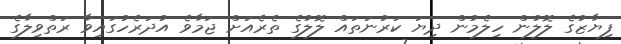
ފިޔާޒުގެ ލޮލުން ހިލެމުން ދިޔަ ކަރުނަތައް ލޮލުގެ ތެރެއަށް ޖަމާވެ އުދަރެހުގައިވާ ރަތްވިލާގެ